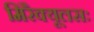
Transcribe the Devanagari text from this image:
मिरैक्यूलसः